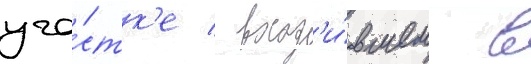
уча́стк'е / вход'и́вшем в